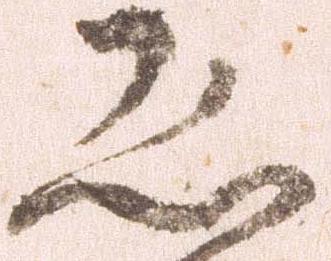
恐